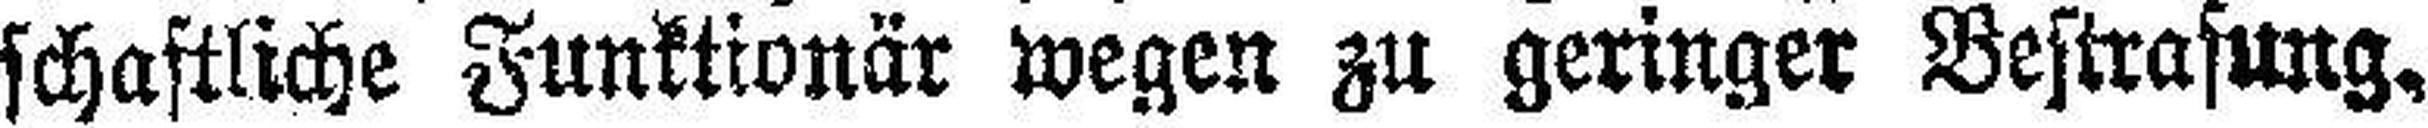
schaftliche Funktionär wegen zu geringer Bestrafung.